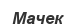
Мачек